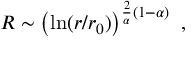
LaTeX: R \sim \left( \ln ( r / r _ { 0 } ) \right) ^ { { \frac { 2 } { \alpha } } ( 1 - \alpha ) } ~ ,